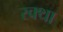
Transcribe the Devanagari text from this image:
रक्था